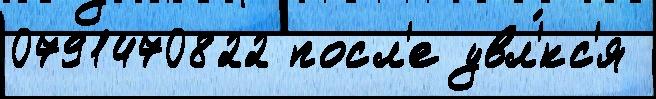
0791470822 посл'е увл'́кс'я